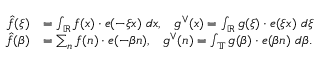
\begin{array} { r l } { \hat { f } ( \xi ) } & { = \int _ { \mathbb { R } } f ( x ) \cdot e ( - \xi x ) \ d x , \; \; \; g ^ { \vee } ( x ) = \int _ { \mathbb { R } } g ( \xi ) \cdot e ( \xi x ) \ d \xi } \\ { \hat { f } ( \beta ) } & { = \sum _ { n } f ( n ) \cdot e ( - \beta n ) , \; \; \; g ^ { \vee } ( n ) = \int _ { \mathbb { T } } g ( \beta ) \cdot e ( \beta n ) \ d \beta . } \end{array}